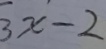
3 x - 2